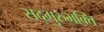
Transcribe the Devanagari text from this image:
सद्गुरुभक्ति